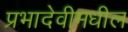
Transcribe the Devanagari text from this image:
प्रभादेवीमधील